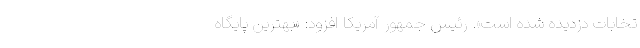
تخابات دزدیده‌ شده است». رئیس جمهور آمریکا افزود: «بهترین پایگاه